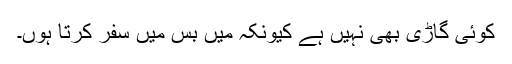
کوئی گاڑی بھی نہیں ہے کیونکہ میں بس میں سفر کرتا ہوں۔